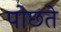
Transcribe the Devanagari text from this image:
पोछते